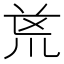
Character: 𭅟